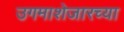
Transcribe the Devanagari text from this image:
उगमाशेजारच्या